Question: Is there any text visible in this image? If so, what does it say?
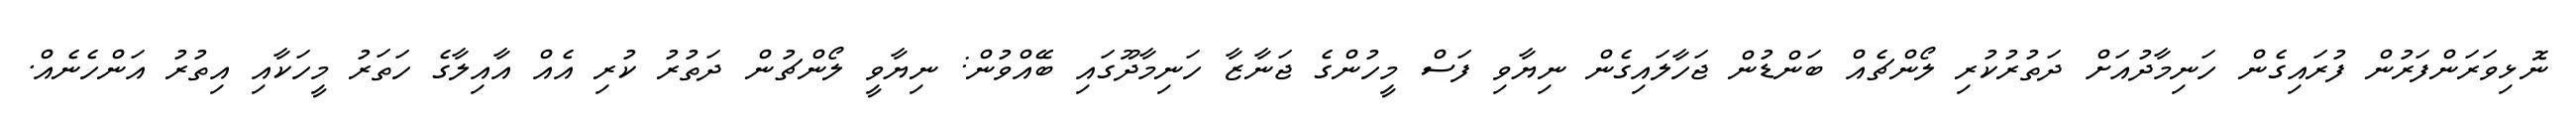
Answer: ނޮޅިވަރަންފަރުން ފުރައިގެން ހަނިމާދުއަށް ދަތުރުކުރި ލޯންޗެއް ބަންޑުން ޖަހާލައިގެން ނިޔާވި ފަސް މީހުންގެ ޖަނާޒާ ހަނިމާދޫގައި ބޭއްވުން: ނިޔާވީ ލޯންޗުން ދަތުރު ކުރި އެއް އާއިލާގެ ހަތަރު މީހަކާއި އިތުރު އަންހެނެއް.